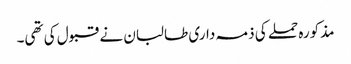
مذکورہ حملے کی ذمہ داری طالبان نے قبول کی تھی۔